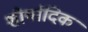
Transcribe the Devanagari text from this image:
शौर्यादिक